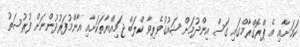
ކަމަށާއި އެ ޕްރޮގްރާމްގައި ގަސް އިންދުމަށް ޝައުގުވެރިވާ ކްލަބް ޖަމިއްޔާތަކަށާއި އާންމުފަރުދުންނަށް ފުރުސަތު